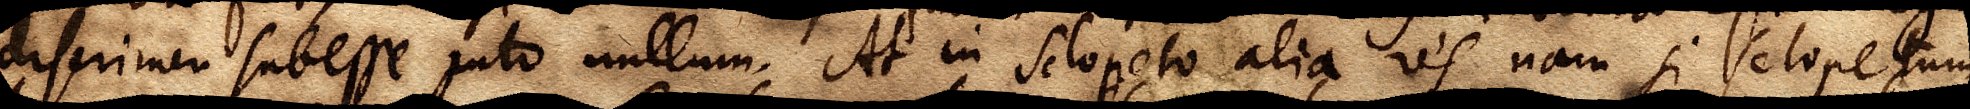
discrimen subesse puto nullum. At in Sclopeto alia res, nam si Sclopetum